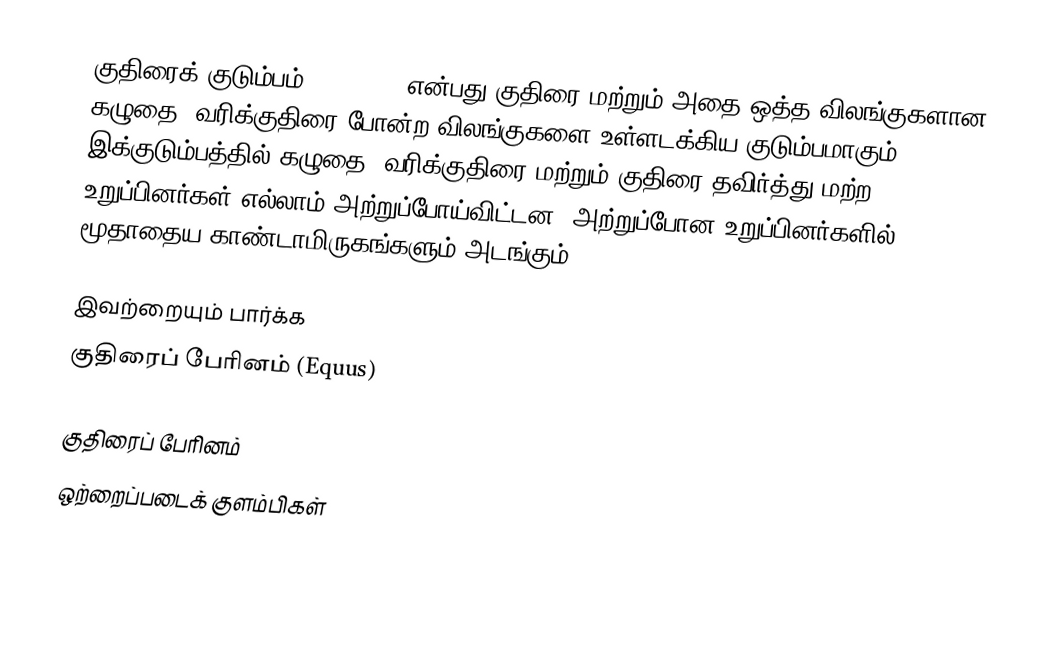
குதிரைக் குடும்பம் (Equidae) என்பது குதிரை மற்றும் அதை ஒத்த விலங்குகளான கழுதை, வரிக்குதிரை போன்ற விலங்குகளை உள்ளடக்கிய குடும்பமாகும். இக்குடும்பத்தில் கழுதை, வரிக்குதிரை மற்றும் குதிரை தவிர்த்து மற்ற உறுப்பினர்கள் எல்லாம் அற்றுப்போய்விட்டன. அற்றுப்போன உறுப்பினர்களில் மூதாதைய காண்டாமிருகங்களும் அடங்கும்.

இவற்றையும் பார்க்க
குதிரைப் பேரினம் (Equus)

குதிரைப் பேரினம்
ஒற்றைப்படைக் குளம்பிகள்